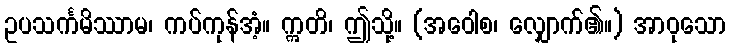
ဥပသင်္ကမိဿာမ၊ ကပ်ကုန်အံ့။ ဣတိ၊ ဤသို့။ (အဝေါစ၊ လျှောက်၏။) အာဝုသော